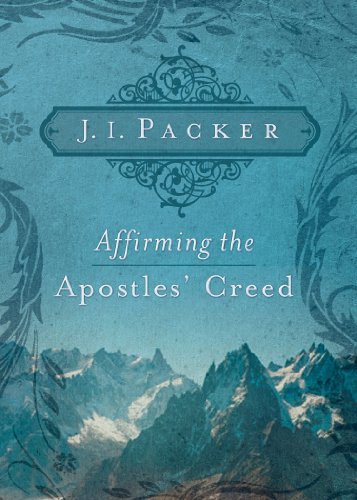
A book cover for Affirming the Apostles' Creed; J. I. Packer; Christian Books & Bibles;